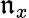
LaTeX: \mathfrak{n}_{x}